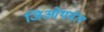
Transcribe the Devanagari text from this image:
जिओथर्मल